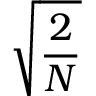
\sqrt { \frac { 2 } { N } }